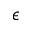
\epsilon